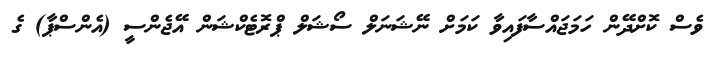
ވެސް ކޮށްދޭން ހަމަޖައްސާފައިވާ ކަމަށް ނޭޝަނަލް ސޯޝަލް ޕްރޮޓެކްޝަން އޭޖެންސީ (އެންސްޕާ) ގެ